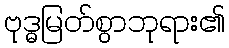
ဗုဒ္ဓမြတ်စွာဘုရား၏